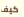
كيف